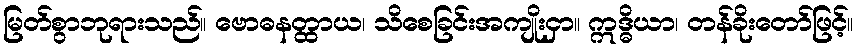
မြတ်စွာဘုရားသည်။ ဗောဓနတ္ထာယ၊ သိစေခြင်းအကျိုးငှာ။ ဣဒ္ဓိယာ၊ တန်ခိုးတော်ဖြင့်။